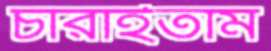
চারাইতাম